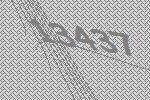
13437